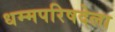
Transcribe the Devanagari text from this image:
धम्मपरिषदेला